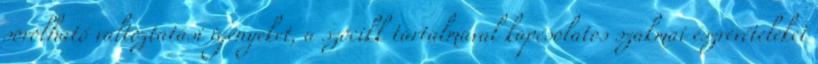
sorolható változtatási igényeket, a szócikk tartalmával kapcsolatos szakmai észrevételeket